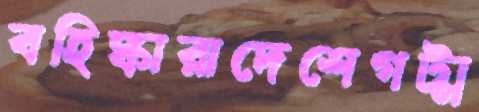
বহিষ্কারাদেশেগট্‌ম